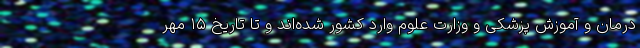
درمان و آموزش پزشکی و وزارت علوم وارد کشور شده‌اند و تا تاریخ ۱۵ مهر